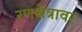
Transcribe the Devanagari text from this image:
रणक्षेत्रावर